Report of the King Institute of Preventive Medicine, Guindy
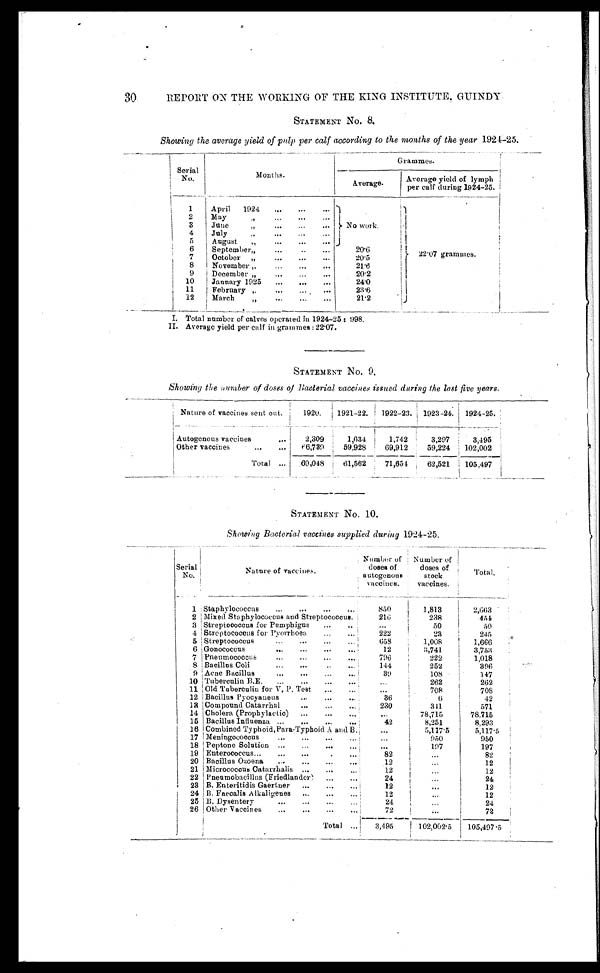
30
REPORT ON THE WORKING OF THE KING INSTITUTE, GUINDY
STATEMENT No. 8.
Showing the average yield of pulp per calf according to the months of the year 1924-25.
Serial
No.
Months.
Grammes.
Average.
Average yield of lymph
per calf during 1924-25.
1
April 1924 . . .
No work.
2 2 . 0 7 g r a m m e s .
2
May " . . .
3
June " . . .
4
J u l y " . . .
5
August " . . .
6
September " . . .
2 0 . 6
7
October " . . .
20.5
8
November " . . .
21.6
9
December " . . .
20.2
10
January 1925 . . .
24.0
11
February " . . .
23.6
12
March " . . .
21.2
I. Total number of calves operated in 1924-25 : 998.
II. Average yield per calf in grammes : 22.07.
STATEMENT NO. 9.
Showing the number of doses of Bacterial vaccines issued during the last five years.
Nature of vaccines sent out.
1920.
1921-22.
1 9 2 2 - 2 3 .
1923-24.
1924-25.
Autogenous vaccines
2,309
1,634
1,742
3,297
3,495
Other vaccines . . .
66, 739
59,928
69,912
59,224
102,002
Total . . .
69,048
61,562
71,654
62,521
105,497
STATEMENT No. 10.
Showing Bacterial vaccines supplied during 1924-25.
Serial
No.
Nature of vaccines.
Number of
doses of
autogenous
vaccines.
Number of
doses of
stock
vaccines.
Total.
1
Staphylococcus . . .
850
1,813
2,663
2 Mixed Staphylococcus and Streptococcus.
216
238
4 5 4
3 Streptococcus for Pemphigus . . .
. . .
50
50
4 Streptococcus for Pyorrhoea . . .
222
23
245
5 Streptococcus . . .
658
1,008
1,666
6 Gonococcus . . .
12
3,741
3,753
7 Pneumococcus . . .
796
222
1,018
8 Bacillus Coli . . .
144
252
396
9 Acne Bacillus . . .
3 9
108
147
10 Tuberculin B.E. . . .
. . .
262
262
11 Old Tuberculin for V. P. Test . . .
. . .
708
708
1 2 Bacillus Pyocyaneus . . .
36
6
4 2
13 Compound Catarrhal . . .
230
341
571
1 4 Cholera
( P r o p h y l a c t i c ) . . .
. . .
78,715
78,715
15 Bacillus Influenza . . .
42
8,251
8,293
16 Combined Typhoid, Para-Typhoid A and B.
. . .
5,117.5
5,117.5
17 Meningococcus . . .
. . .
950
950
18 Peptone Solution . . .
. . .
197
197
19 Enterococcus . . .
82
. . .
82
20 Bacillus Ozoena . . .
12
. . .
12
21 Micrococcus Catarrhalis . . .
12
. . .
12
22 Pneumobacillus (Friedlander) . . .
2 4
. . .
24
23 B. Enteritidis Gaertner . . .
12
. . .
12
24 B. Faecalis Alkaligenes . . .
12
. . .
12
25 B. Dysentery . . .
24
. . .
24
26 Other Vaccines . . .
72
. . .
7 2
Total
. . .
3,495
1 0 2 , 0 0 2 . 5 105,497.5